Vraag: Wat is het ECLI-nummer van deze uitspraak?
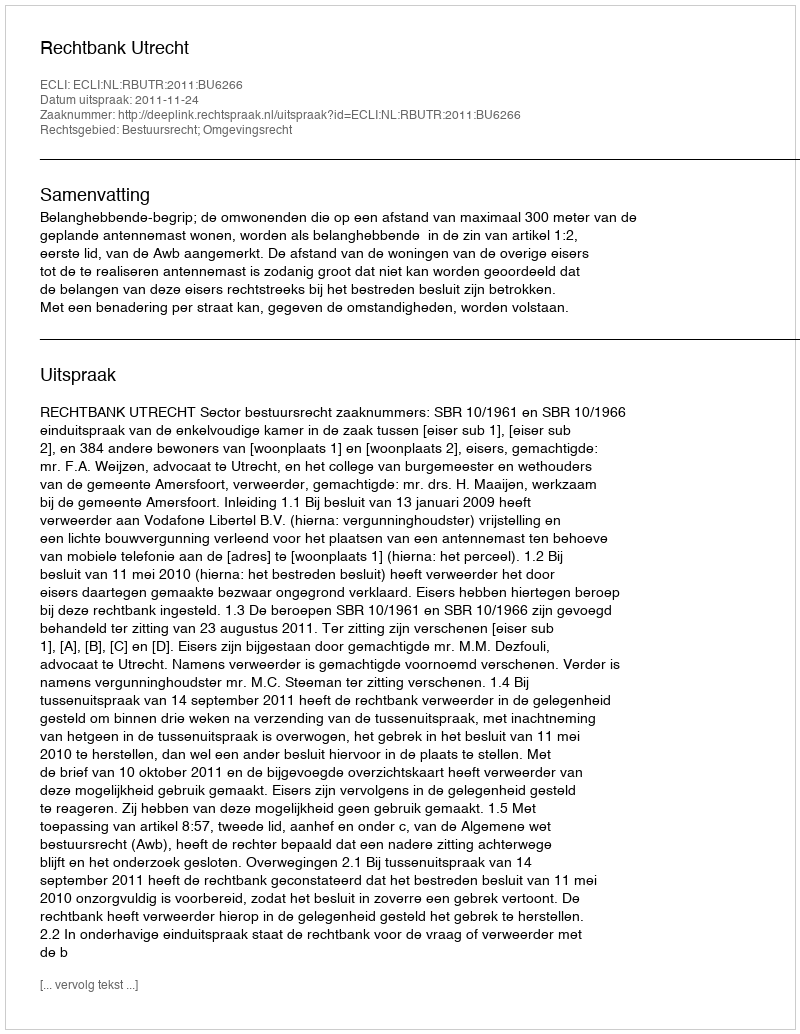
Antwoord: ECLI:NL:RBUTR:2011:BU6266